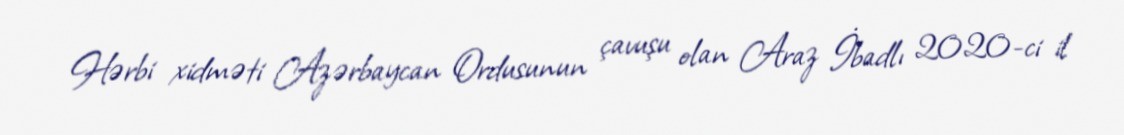
Hərbi xidməti Azərbaycan Ordusunun çavuşu olan Araz İbadlı 2020-ci il